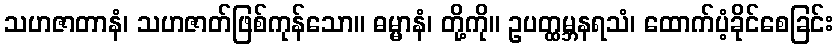
သဟဇာတာနံ၊ သဟဇာတ်ဖြစ်ကုန်သော။ ဓမ္မာနံ၊ တို့ကို။ ဥပတ္ထမ္ဘနရသံ၊ ထောက်ပံ့ခိုင်စေခြင်း